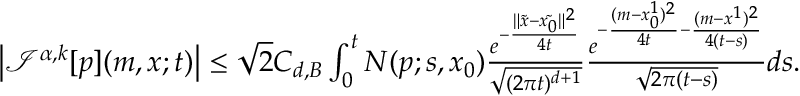
\begin{array} { r } { \left| { \mathcal I } ^ { \alpha , k } [ p ] ( m , x ; t ) \right| \leq \sqrt { 2 } C _ { d , B } \int _ { 0 } ^ { t } N ( p ; s , x _ { 0 } ) \frac { e ^ { - \frac { \| \tilde { x } - \tilde { x _ { 0 } } \| ^ { 2 } } { 4 t } } } { \sqrt { ( 2 \pi t ) ^ { d + 1 } } } \frac { e ^ { - \frac { ( m - x _ { 0 } ^ { 1 } ) ^ { 2 } } { 4 t } - \frac { ( m - x ^ { 1 } ) ^ { 2 } } { 4 ( t - s ) } } } { \sqrt { 2 \pi { ( t - s ) } } } d s . } \end{array}